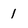
Character: 1